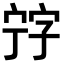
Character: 𡨸